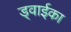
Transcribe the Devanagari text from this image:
ड्वाईका